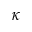
\kappa